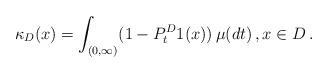
LaTeX: \begin{align*}\kappa_D(x)=\int_{(0,\infty)}(1-P^D_t 1(x))\, \mu(dt)\, ,x\in D\, .\end{align*}